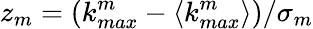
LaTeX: z_{m}=(k_{max}^{m}-\langle k_{max}^{m}\rangle)/\sigma_{m}